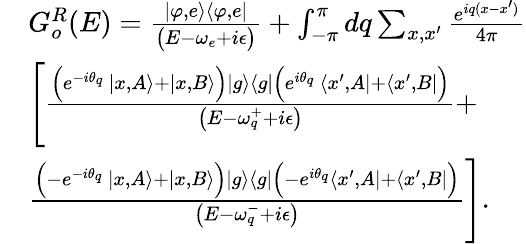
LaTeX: \begin{array}{rl}&{G_{o}^{R}(E)=\frac{|\varphi,e\rangle\langle\varphi,e|}{\big(E-\omega_{e}+i\epsilon\big)}+\int_{-\pi}^{\pi}dq\sum_{x,x^{\prime}}\frac{e^{iq(x-x^{\prime})}}{4\pi}}\\ &{\Bigg[\frac{\Big(e^{-i\theta_{q}}\, |x,A\rangle+|x,B\rangle\Big)|g\rangle\langle g|\Big(e^{i\theta_{q}}\, \langle x^{\prime},A|+\langle x^{\prime},B|\Big)}{\big(E-\omega_{q}^{+}+i\epsilon\big)}+}\\ &{\frac{\Big(-e^{-i\theta_{q}}\, |x,A\rangle+|x,B\rangle\Big)|g\rangle\langle g|\Big(-e^{i\theta_{q}}\langle x^{\prime},A|+\langle x^{\prime},B|\Big)}{\big(E-\omega_{q}^{-}+i\epsilon\big)}\Bigg].}\end{array}